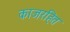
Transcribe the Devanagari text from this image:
काजरहित